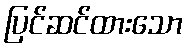
ပြင်ဆင်ထားသော